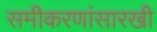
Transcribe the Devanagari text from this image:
समीकरणांसारखी